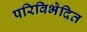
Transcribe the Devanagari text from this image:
परिविभेदित